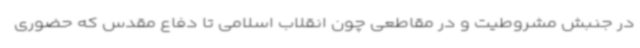
در جنبش مشروطیت و در مقاطعی چون انقلاب اسلامی تا دفاع مقدس که حضوری